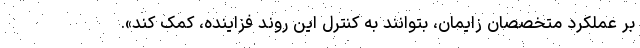
بر عملکرد متخصصان زایمان، بتوانند به کنترل این روند فزاینده، کمک کند».